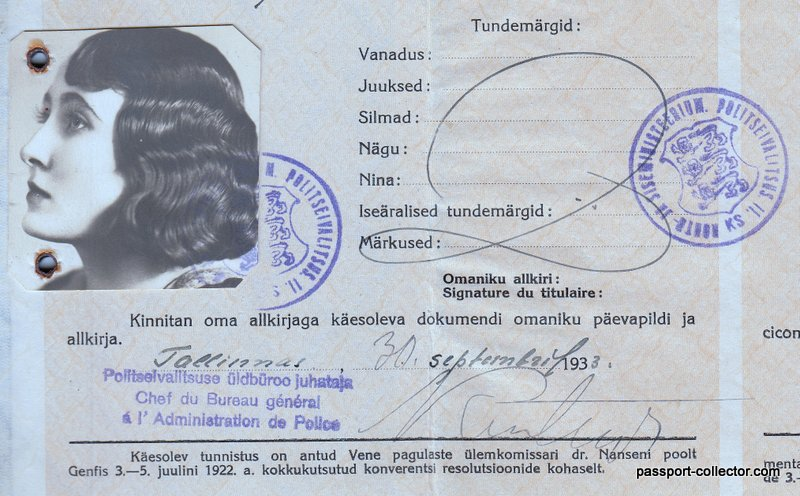
Language: et